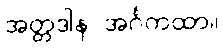
အတ္တဒါန အင်္ဂကထာ။